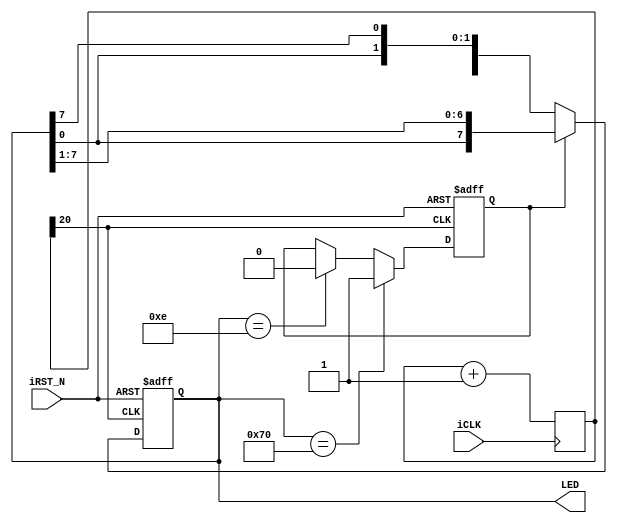
module LEDG_Driver(LED,iCLK,iRST_N);
output	[7:0]	LED;
input			iCLK;
input			iRST_N;

reg		[20:0]	Cont;
reg		[7:0]	mLED;
reg				DIR;

always@(posedge iCLK)	Cont	<=	Cont+1'b1;

always@(posedge Cont[20] or negedge iRST_N)
begin
	if(!iRST_N)
	begin
		mLED	<=	8'b00000111;
		DIR		<=	0;
	end
	else
	begin
		if(!DIR)
		mLED	<=	{mLED[6:0],mLED[7]};
		else
		mLED	<=	{mLED[0],mLED[7:1]};
		if(mLED == 8'b01110000)
		DIR	<=	1;
		else if(mLED == 8'b00001110)
		DIR	<=	0;
	end
end

assign	LED	=	mLED;

endmodule